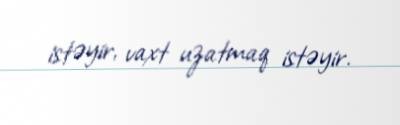
istəyir, vaxt uzatmaq istəyir.